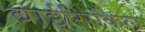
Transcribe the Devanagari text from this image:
बाईसिकिल